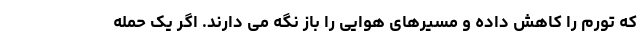
که تورم را کاهش داده و مسیرهای هوایی را باز نگه می دارند. اگر یک حمله